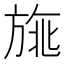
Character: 𣃿